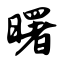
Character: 曙